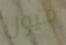
ميول